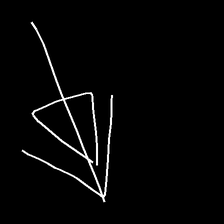
Glyph: pull